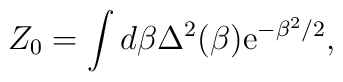
Z_0=\int d \beta \Delta^2 (\beta) {\rm e}^{-\beta^2/2},